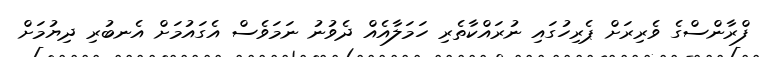
ފްރާންސްގެ ވެރިރަށް ޕެރިހުގައި ނުރައްކާތެރި ހަމަލާއެއް ދެވުނު ނަމަވެސް އެގައުމަށް އެނބުރި ދިޔުމަށް